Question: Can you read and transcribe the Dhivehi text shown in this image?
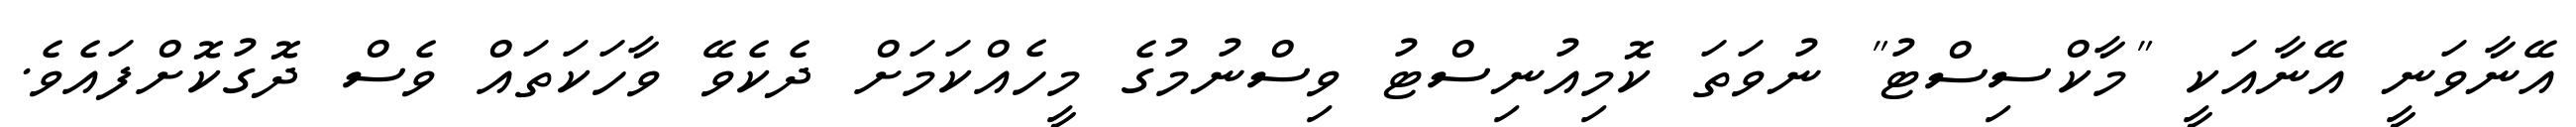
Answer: އޭނާވަނީ އޭނާއަކީ "މާކްސިސްޓު" ނުވަތަ ކޮމިއުނިސްޓު ވިސްނުމުގެ މީހެއްކަމަށް ދެކެވޭ ވާހަކަތައް ވެސް ދޮގުކޮށްފައެވެ.